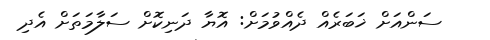
ސަންއަށް ޚަބަރެއް ދެއްވުމަށް: އޮޔާ ދަނިކޮށް ސަލާމަތަށް އެދި